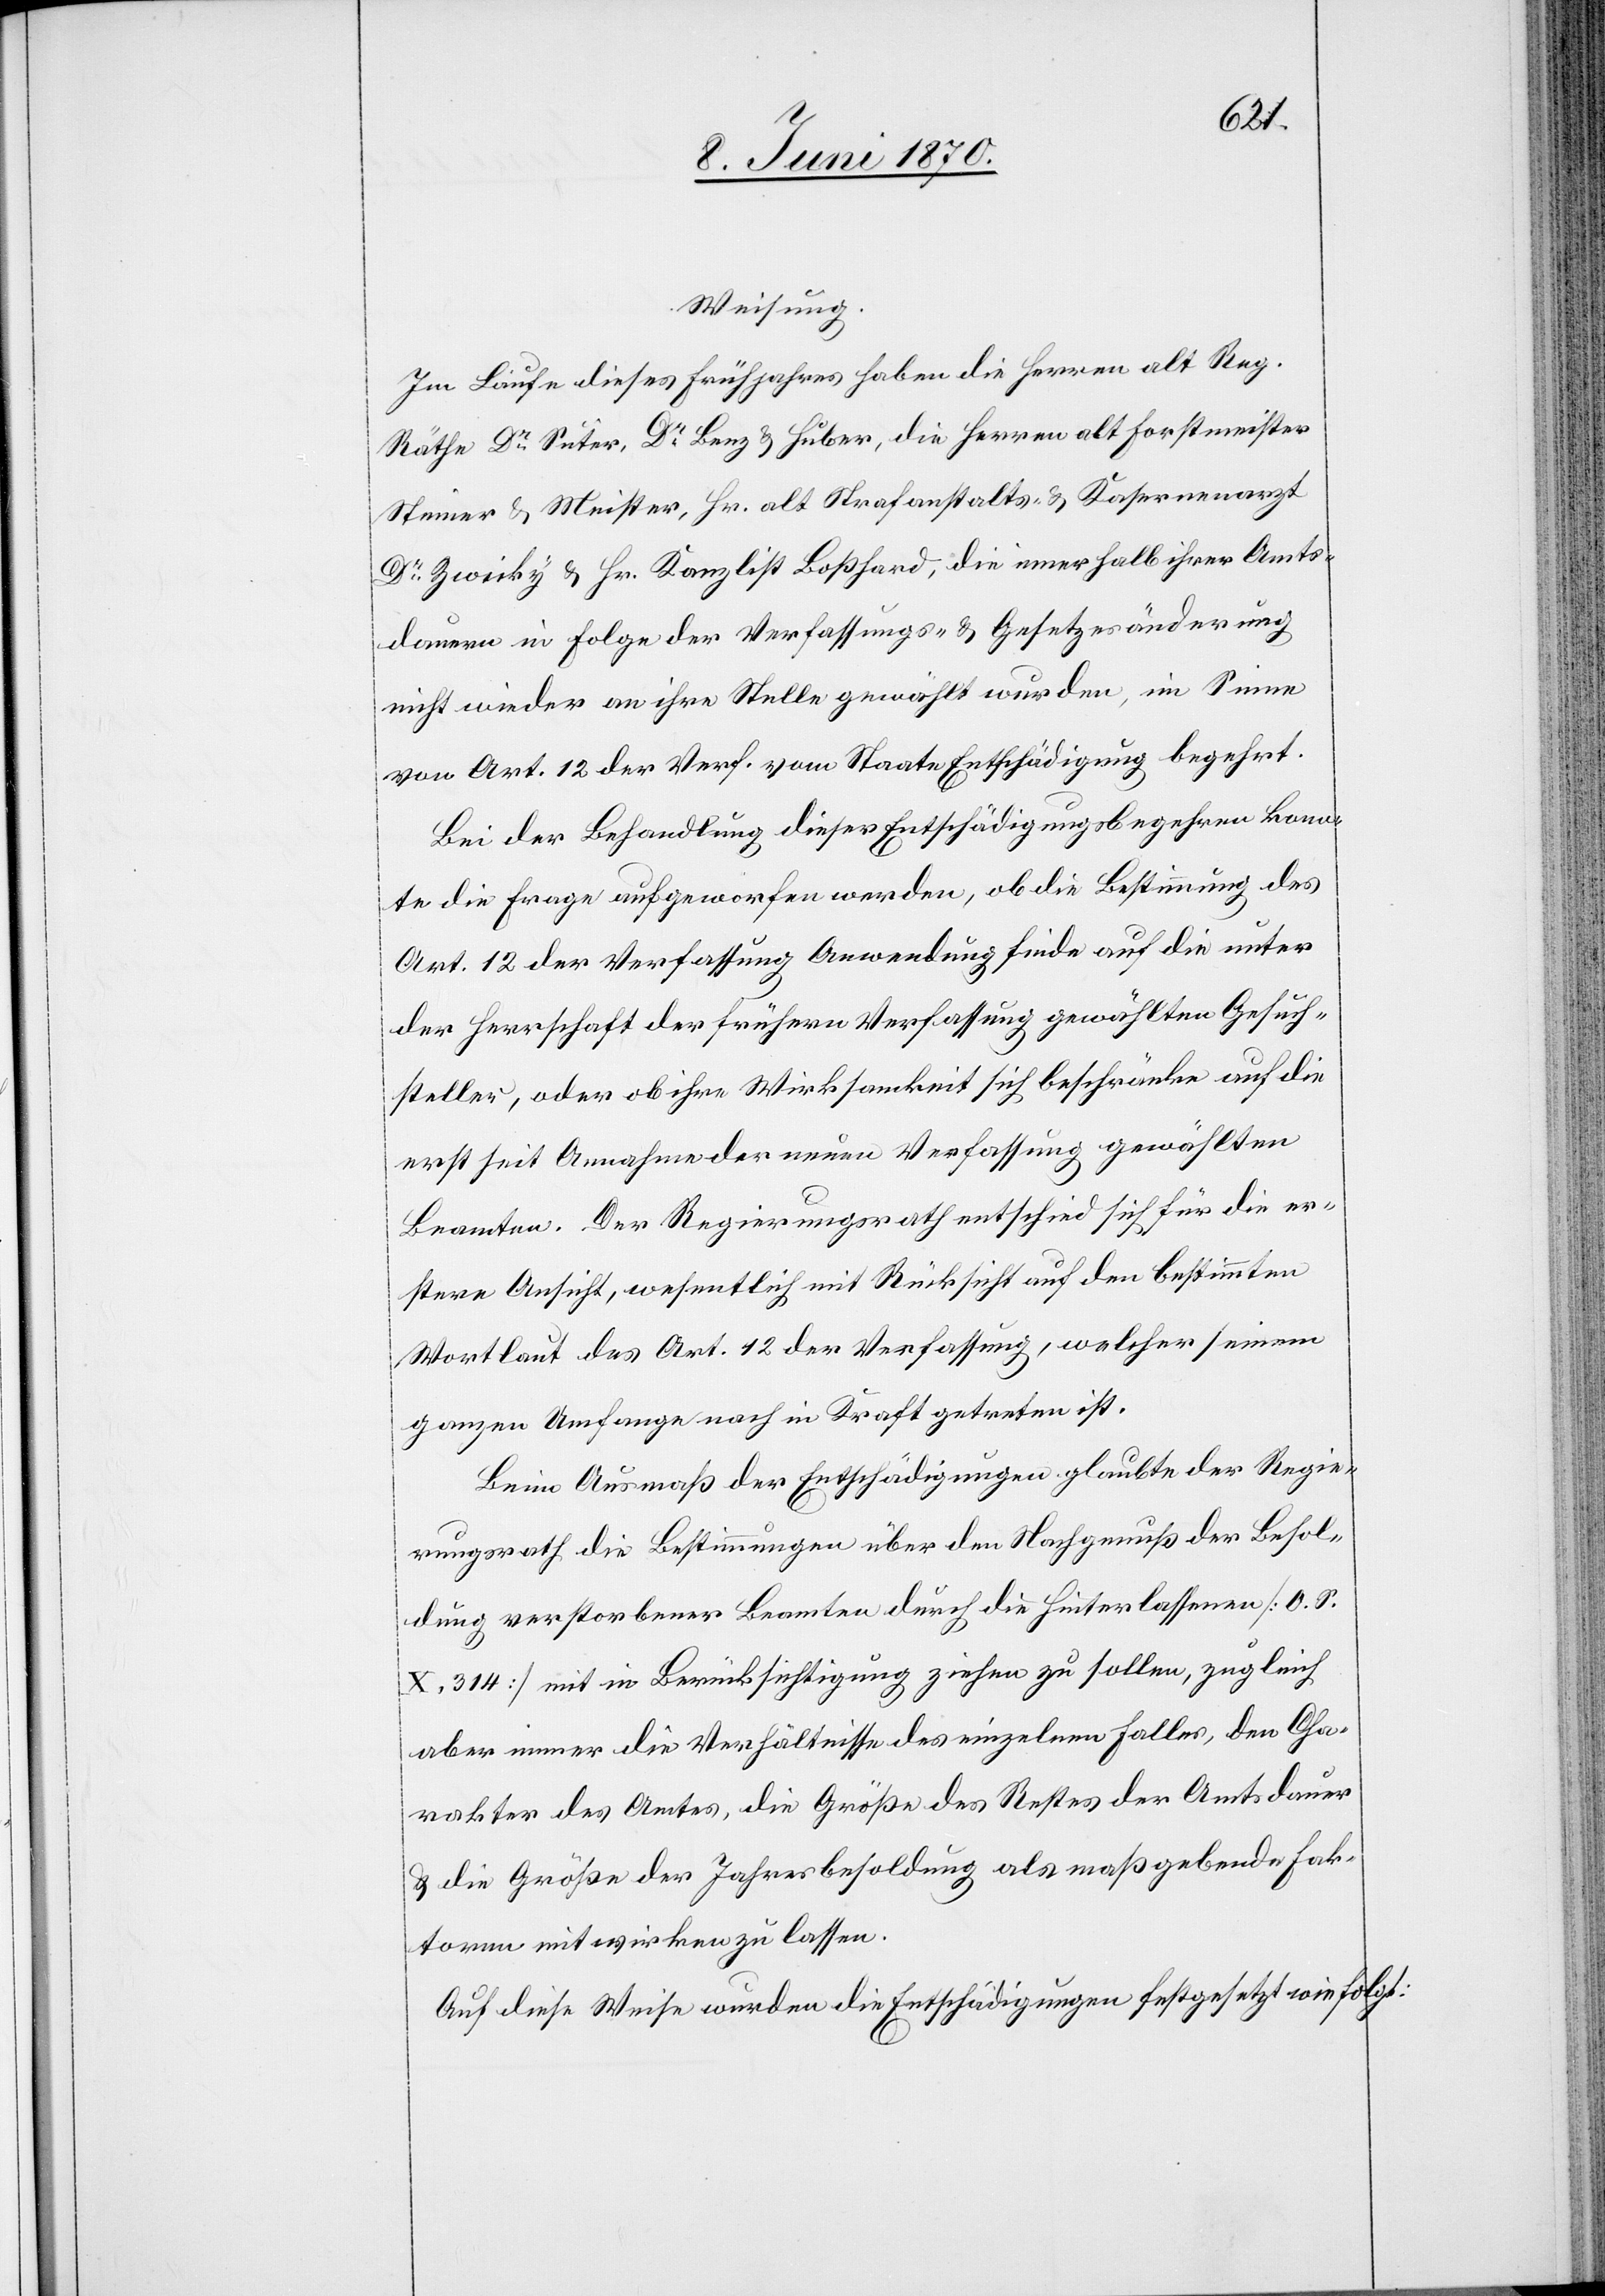
Weisung.
Im Laufe dieses Frühjahres haben die Herren alt Reg.
Räthe Dr Suter, Dr Benz & Huber, die Herren alt Forstmeister
Steiner & Meister, Hr. alt Strafanstalts- & Kasernenarzt
Dr Zwicky & Hr. Kanzlist Boßhard, die innerhalb ihrer Amts¬
dauern in Folge der Verfassungs- & Gesetzesänderung
nicht wieder an ihre Stelle gewählt wurden, im Sinne
von Art. 12 der Verf. vom Staate Entschädigung begehrt.
Bei der Behandlung dieser Entschädigungsbegehren konn¬
te die Frage aufgeworfen werden, ob die Bestimmung des
Art. 12 der Verfassung Anwendung finde auf die unter
der Herrschaft der frühern Verfassung gewählten Gesuch¬
stellern, oder ob ihre Wirksamkeit sich beschränke auf die
erst seit Annahme der neuen Verfassung gewählten
Beamten. Der Regierungsrath entschied sich für die er¬
stere Ansicht, wesentlich mit Rücksicht auf den bestimmten
Wortlaut des Art. 12 der Verfassung, welcher seinem
ganzen Umfange nach in Kraft getreten ist.
Beim Ausmaß der Entschädigungen glaubte der Regie¬
rungsrath die Bestimmungen über den Nachgenuß der Besol¬
dung verstorbener Beamten durch die Hinterlassenen [O. S.
X. 314] mit in Berücksichtigung ziehen zu sollen, zugleich
aber immer die Verhältnisse des einzelnen Falles, den Cha¬
rakter des Amtes, die Größe des Restes der Amtsdauer
& die Größe der Jahresbesoldung als maßgebende Fak¬
toren mitwirken zu lassen.
Auf diese Weise wurden die Entschädigungen festgesetzt wie folgt: